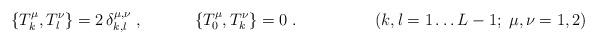
LaTeX: \begin{align*}\{T_k^\mu,T_l^\nu\} = 2 \,\delta_{k,l}^{\mu,\nu} \;,\hspace{1.3cm}\{T_0^\mu,T_k^\nu\}=0 \;.\hspace{2cm}(k,l=1\ldots L-1; \; \mu,\nu=1,2)\end{align*}